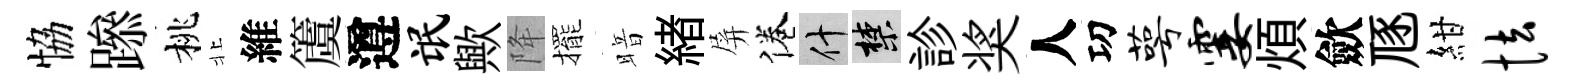
恊𨅶桃北維𥵂遵氓歟降擺暗緖屏倦什禁診奖人㓛萼霎煩歛豗紺怯